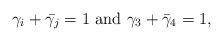
LaTeX: \begin{align*}\gamma_i + \bar{\gamma_j} = 1 \,\, {\rm and }\,\, \gamma_3 + \bar{\gamma}_4=1,\end{align*}